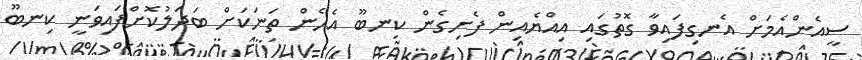
ސީއެންއެމަށް އެނގިފައިވާ ގޮތުގައި އިއްޔެއިން ފެށިގެން ކިނބޫ އެހެން ތަނަކަށް ބަދަލުކޮށްފައިވަނީ ކިނބޫ